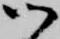
御